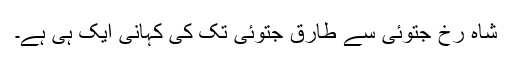
شاہ رخ جتوئی سے طارق جتوئی تک کی کہانی ایک ہی ہے۔